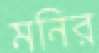
মনির